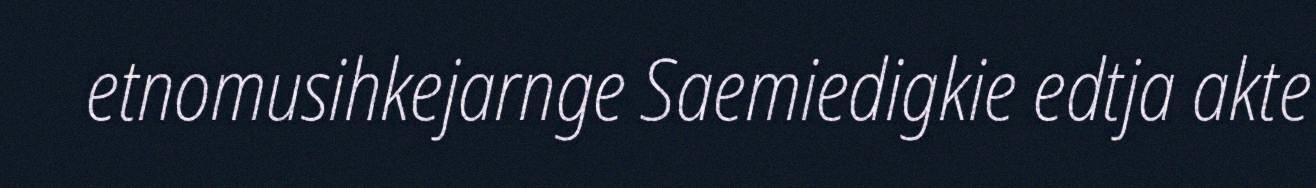
etnomusihkejarnge Saemiedigkie edtja akte